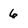
Character: 6